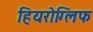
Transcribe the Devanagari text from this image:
हियरोग्लिफ